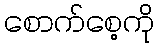
စောက်စေ့ကို